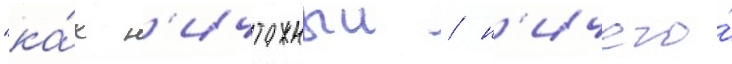
"ка́к н'ичтожныи / н'ичего́